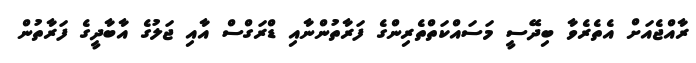
ރާއްޖެއަށް އެތެރެވާ ބިދޭސީ މަސައްކަތްތެރިންގެ ފަރާތުންނާއި ޑްރަގްސް އާއި ޖަލުގެ އާބާދީގެ ފަރާތުން